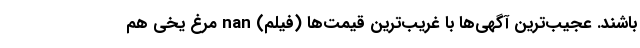
باشند. عجیب‌ترین آگهی‌ها با غریب‌ترین قیمت‌ها (فیلم) nan مرغ یخی هم